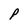
Character: P